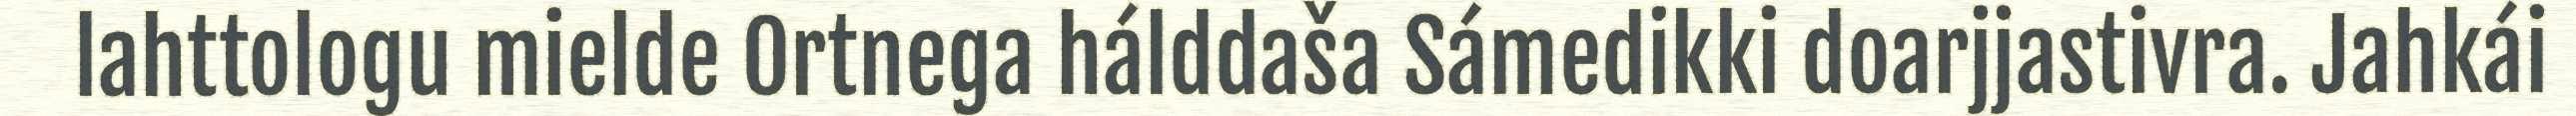
lahttologu mielde Ortnega hálddaša Sámedikki doarjjastivra. Jahkái